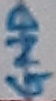
Text: GND